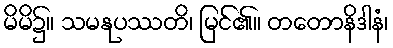
မိမိ၌။ သမနုပဿတိ၊ မြင်၏။ တတောနိဒါနံ၊